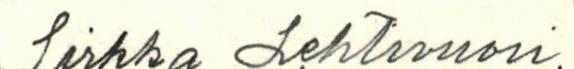
Sirkka Lehtivuori.